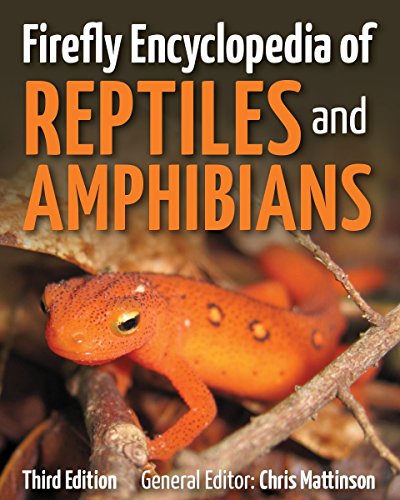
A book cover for Firefly Encyclopedia of Reptiles and Amphibians; Reference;